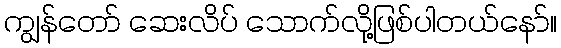
ကျွန်တော် ဆေးလိပ် သောက်လို့ဖြစ်ပါတယ်နော်။